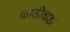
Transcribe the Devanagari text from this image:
काठीवाडा